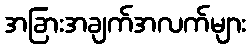
အခြားအချက်အလက်များ